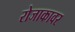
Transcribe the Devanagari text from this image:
रोजाकावर